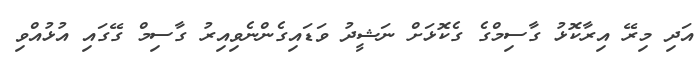
އަދި މިރޭ އިރާކޮޅު ގާސިމްގެ ގެކޮޅަށް ނަޝީދު ވަޑައިގެންނެވިއިރު ގާސިމް ގޭގައި އުޅުއްވި